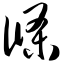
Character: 条